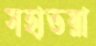
সহাতয়া